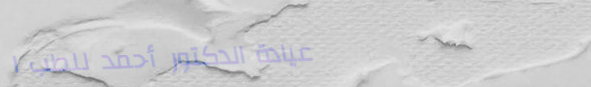
عيادة الدكتور أحمد للطب ا